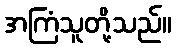
အကြံသူတို့သည်။